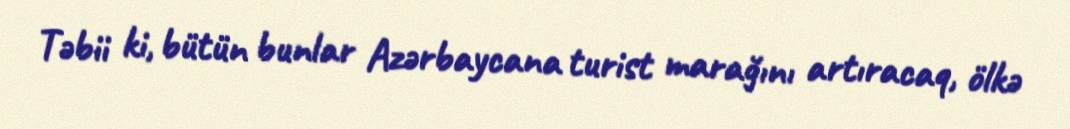
Təbii ki, bütün bunlar Azərbaycana turist marağını artıracaq, ölkə